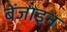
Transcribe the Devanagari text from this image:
बेंजाइन